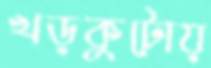
খড়কুটোয়